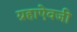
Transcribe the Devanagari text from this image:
ग्रहाऐवजी